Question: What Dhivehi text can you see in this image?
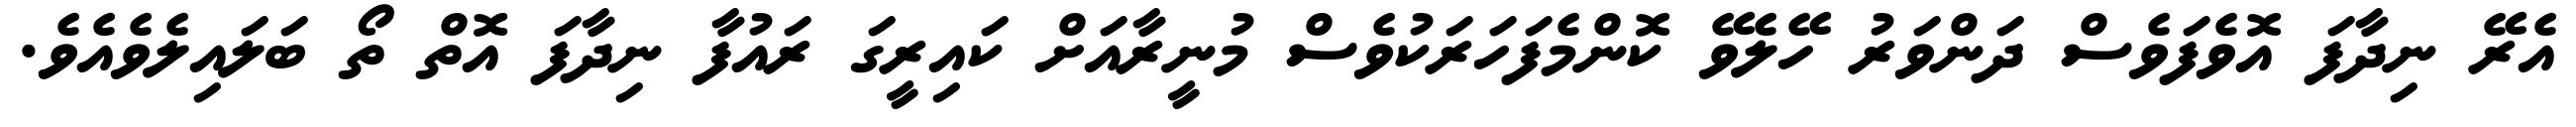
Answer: އެރޭ ނިދާފަ އޮވެފަވެސް ދަންވަރު ހޭލެވޭ ކޮންމެފަހަރަކުވެސް މުނީރާއަށް ކައިރީގަ ރައުފާ ނިދާފަ އޮތް ތޯ ބަލައިލެވެއެވެ.